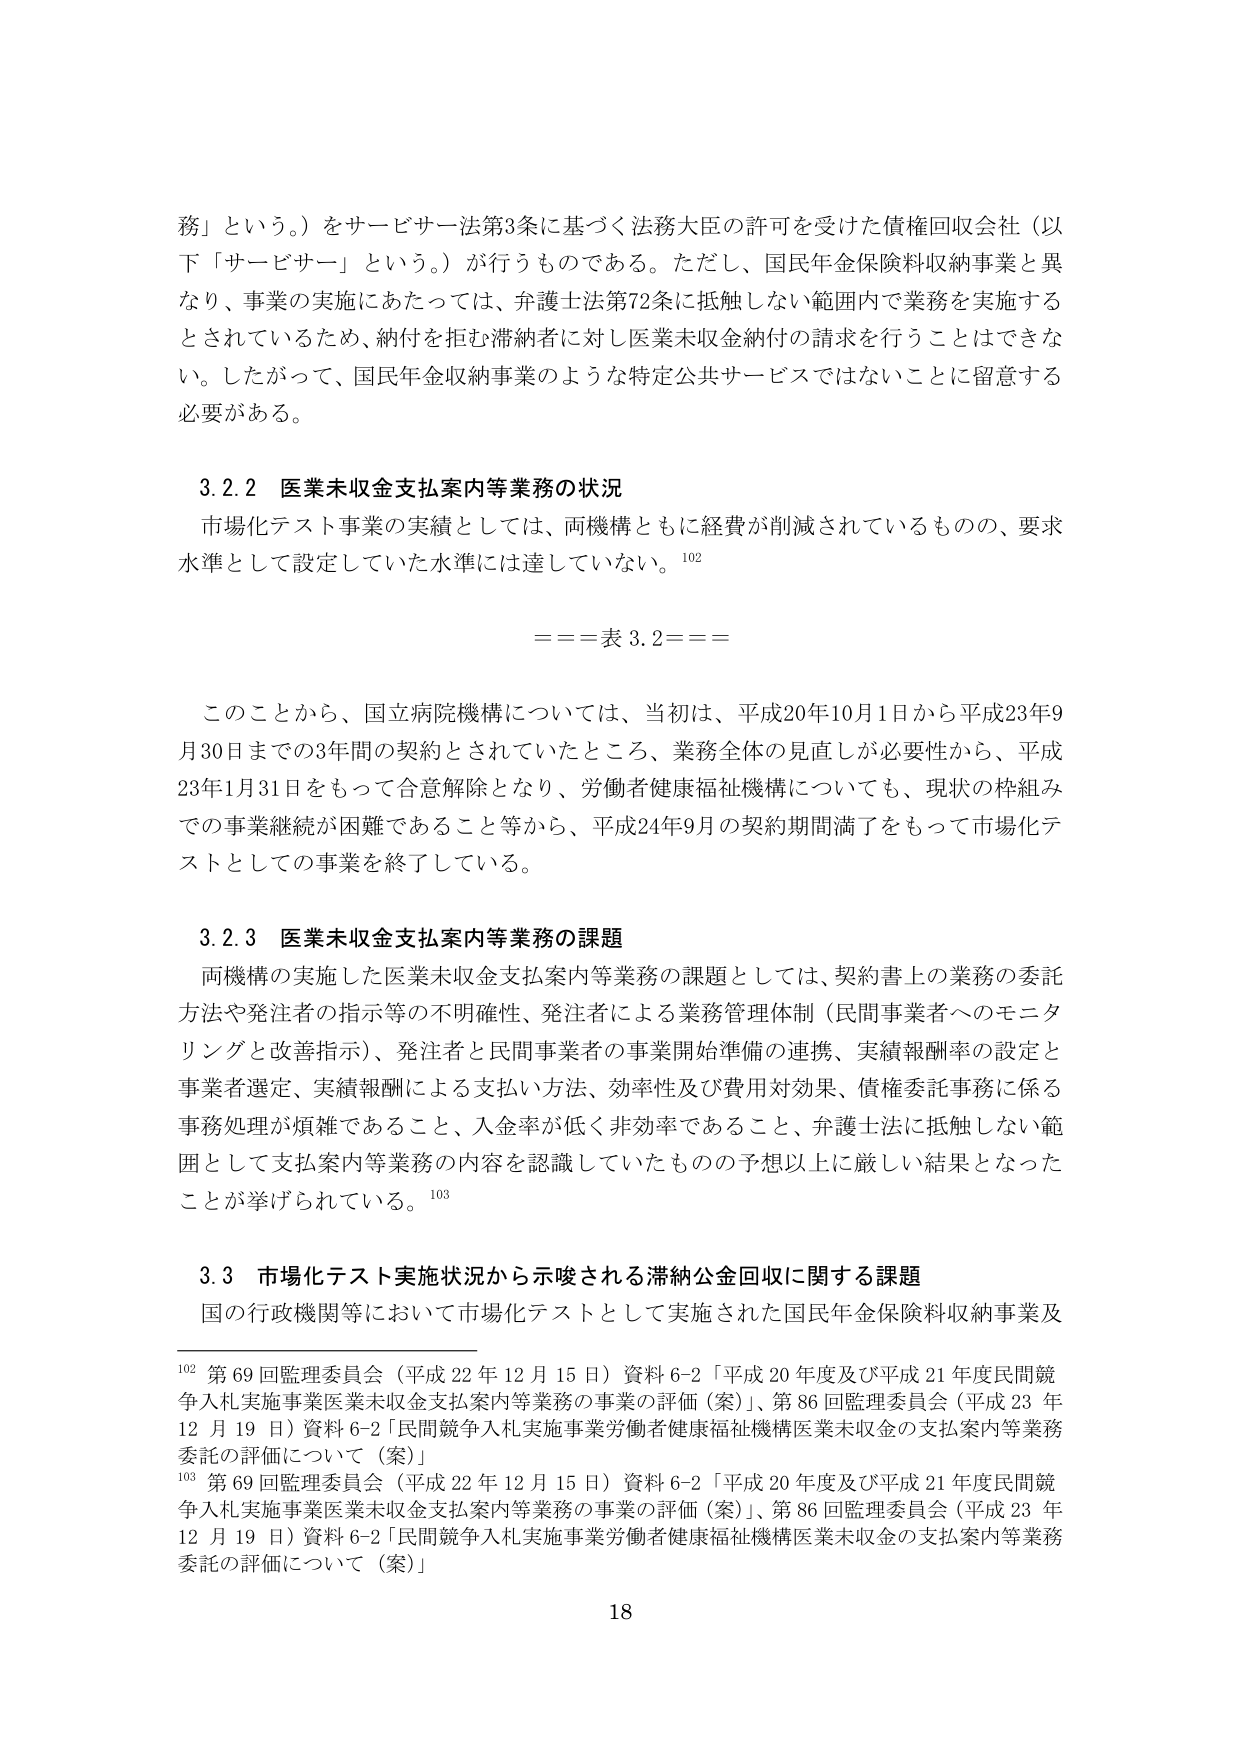
務」という。）をサービス法第3条に基づく法務大臣の許可を受けた債権回収会社（以下「サービス」という。）が行うものである。ただし、国民年金保険料収納事業と異なり、事業の実施にあたっては、弁護士法第72条に抵触しない範囲内で業務を実施するとされているため、納付を拒む滞納者に対し医業未収金納付の請求を行うことはできない。したがって、国民年金収納事業のような特定公共サービスではないことに留意する必要がある。

3.2.2 医業未収金支払案内等業務の状況
市場化テスト事業の実績としては、両機構ともに経費が削減されているものの、要求水準として設定していた水準には達していない。102

===表 3.2===

このことから、国立病院機構については、当初は、平成20年10月1日から平成23年9月30日までの3年間の契約とされていたところ、業務全体の見直しが必要性から、平成23年1月31日をもって合意解除となり、労働者健康福祉機構についても、現状の枠組みでの事業継続が困難であること等から、平成24年9月の契約期間満了をもって市場化テストとしての事業を終了している。

3.2.3 医業未収金支払案内等業務の課題
両機構の実施した医業未収金支払案内等業務の課題としては、契約書上の業務の委託方法や発注者の指示等の不明確性、発注者による業務管理体制（民間事業者へのモニタリングと改善指示）、発注者と民間事業者の事業開始準備の連携、実績報酬率の設定と事業者選定、実績報酬による支払い方法、効率性及び費用対効果、債権委託事務に係る事務処理が煩雑であること、入金率が低く非効率であること、弁護士法に抵触しない範囲として支払案内等業務の内容を認識していたものの予想以上に厳しい結果となったことが挙げられている。103

3.3 市場化テスト実施状況から示唆される滞納公金回収に関する課題
国の行政機関等において市場化テストとして実施された国民年金保険料収納事業及

102 第69回監理委員会（平成22年12月15日）資料6-2「平成20年度及び平成21年度民間競争入札実施事業医業未収金支払案内等業務の事業の評価（案）」、第86回監理委員会（平成23年12月19日）資料6-2「民間競争入札実施事業労働者健康福祉機構医業未収金の支払案内等業務委託の評価について（案）」

103 第69回監理委員会（平成22年12月15日）資料6-2「平成20年度及び平成21年度民間競争入札実施事業医業未収金支払案内等業務の事業の評価（案）」、第86回監理委員会（平成23年12月19日）資料6-2「民間競争入札実施事業労働者健康福祉機構医業未収金の支払案内等業務委託の評価について（案）」

18